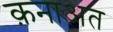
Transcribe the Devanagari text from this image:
क़नाअत